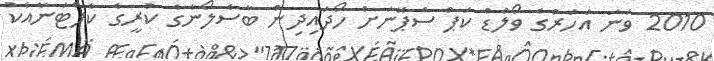
2010 ވަނަ އަހަރުގެ ވޯލްޑް ކަޕް ސްޕޭނަށް ހޯދައިދިން ބާސެލޯނާގެ ކުރީގެ ކެޕްޓަނާއެކު